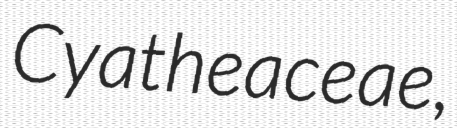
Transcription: Cyatheaceae,